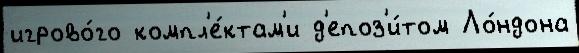
игрово́го компл'е́ктам'и д'епоз'и́том Ло́ндона